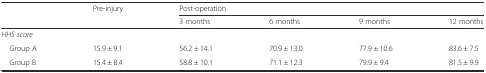
<table><thead><tr><td></td><td><b>Pre-injury</b></td><td colspan="4"><b>Post-operation</b></td></tr><tr><td></td><td></td><td><b>3 months</b></td><td><b>6 months</b></td><td><b>9 months</b></td><td><b>12 months</b></td></tr></thead><tbody><tr><td colspan="6"><i>HHS score</i></td></tr><tr><td> Group A</td><td>15.9 ± 9.1</td><td>56.2 ± 14.1</td><td>70.9 ± 13.0</td><td>77.9 ± 10.6</td><td>83.6 ± 7.5</td></tr><tr><td> Group B</td><td>15.4 ± 8.4</td><td>58.8 ± 10.1</td><td>71.1 ± 12.3</td><td>79.9 ± 9.4</td><td>81.5 ± 9.9</td></tr></tbody></table>